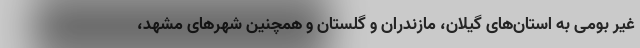
غیر بومی به استان‌های گیلان، مازندران و گلستان و همچنین شهرهای مشهد،